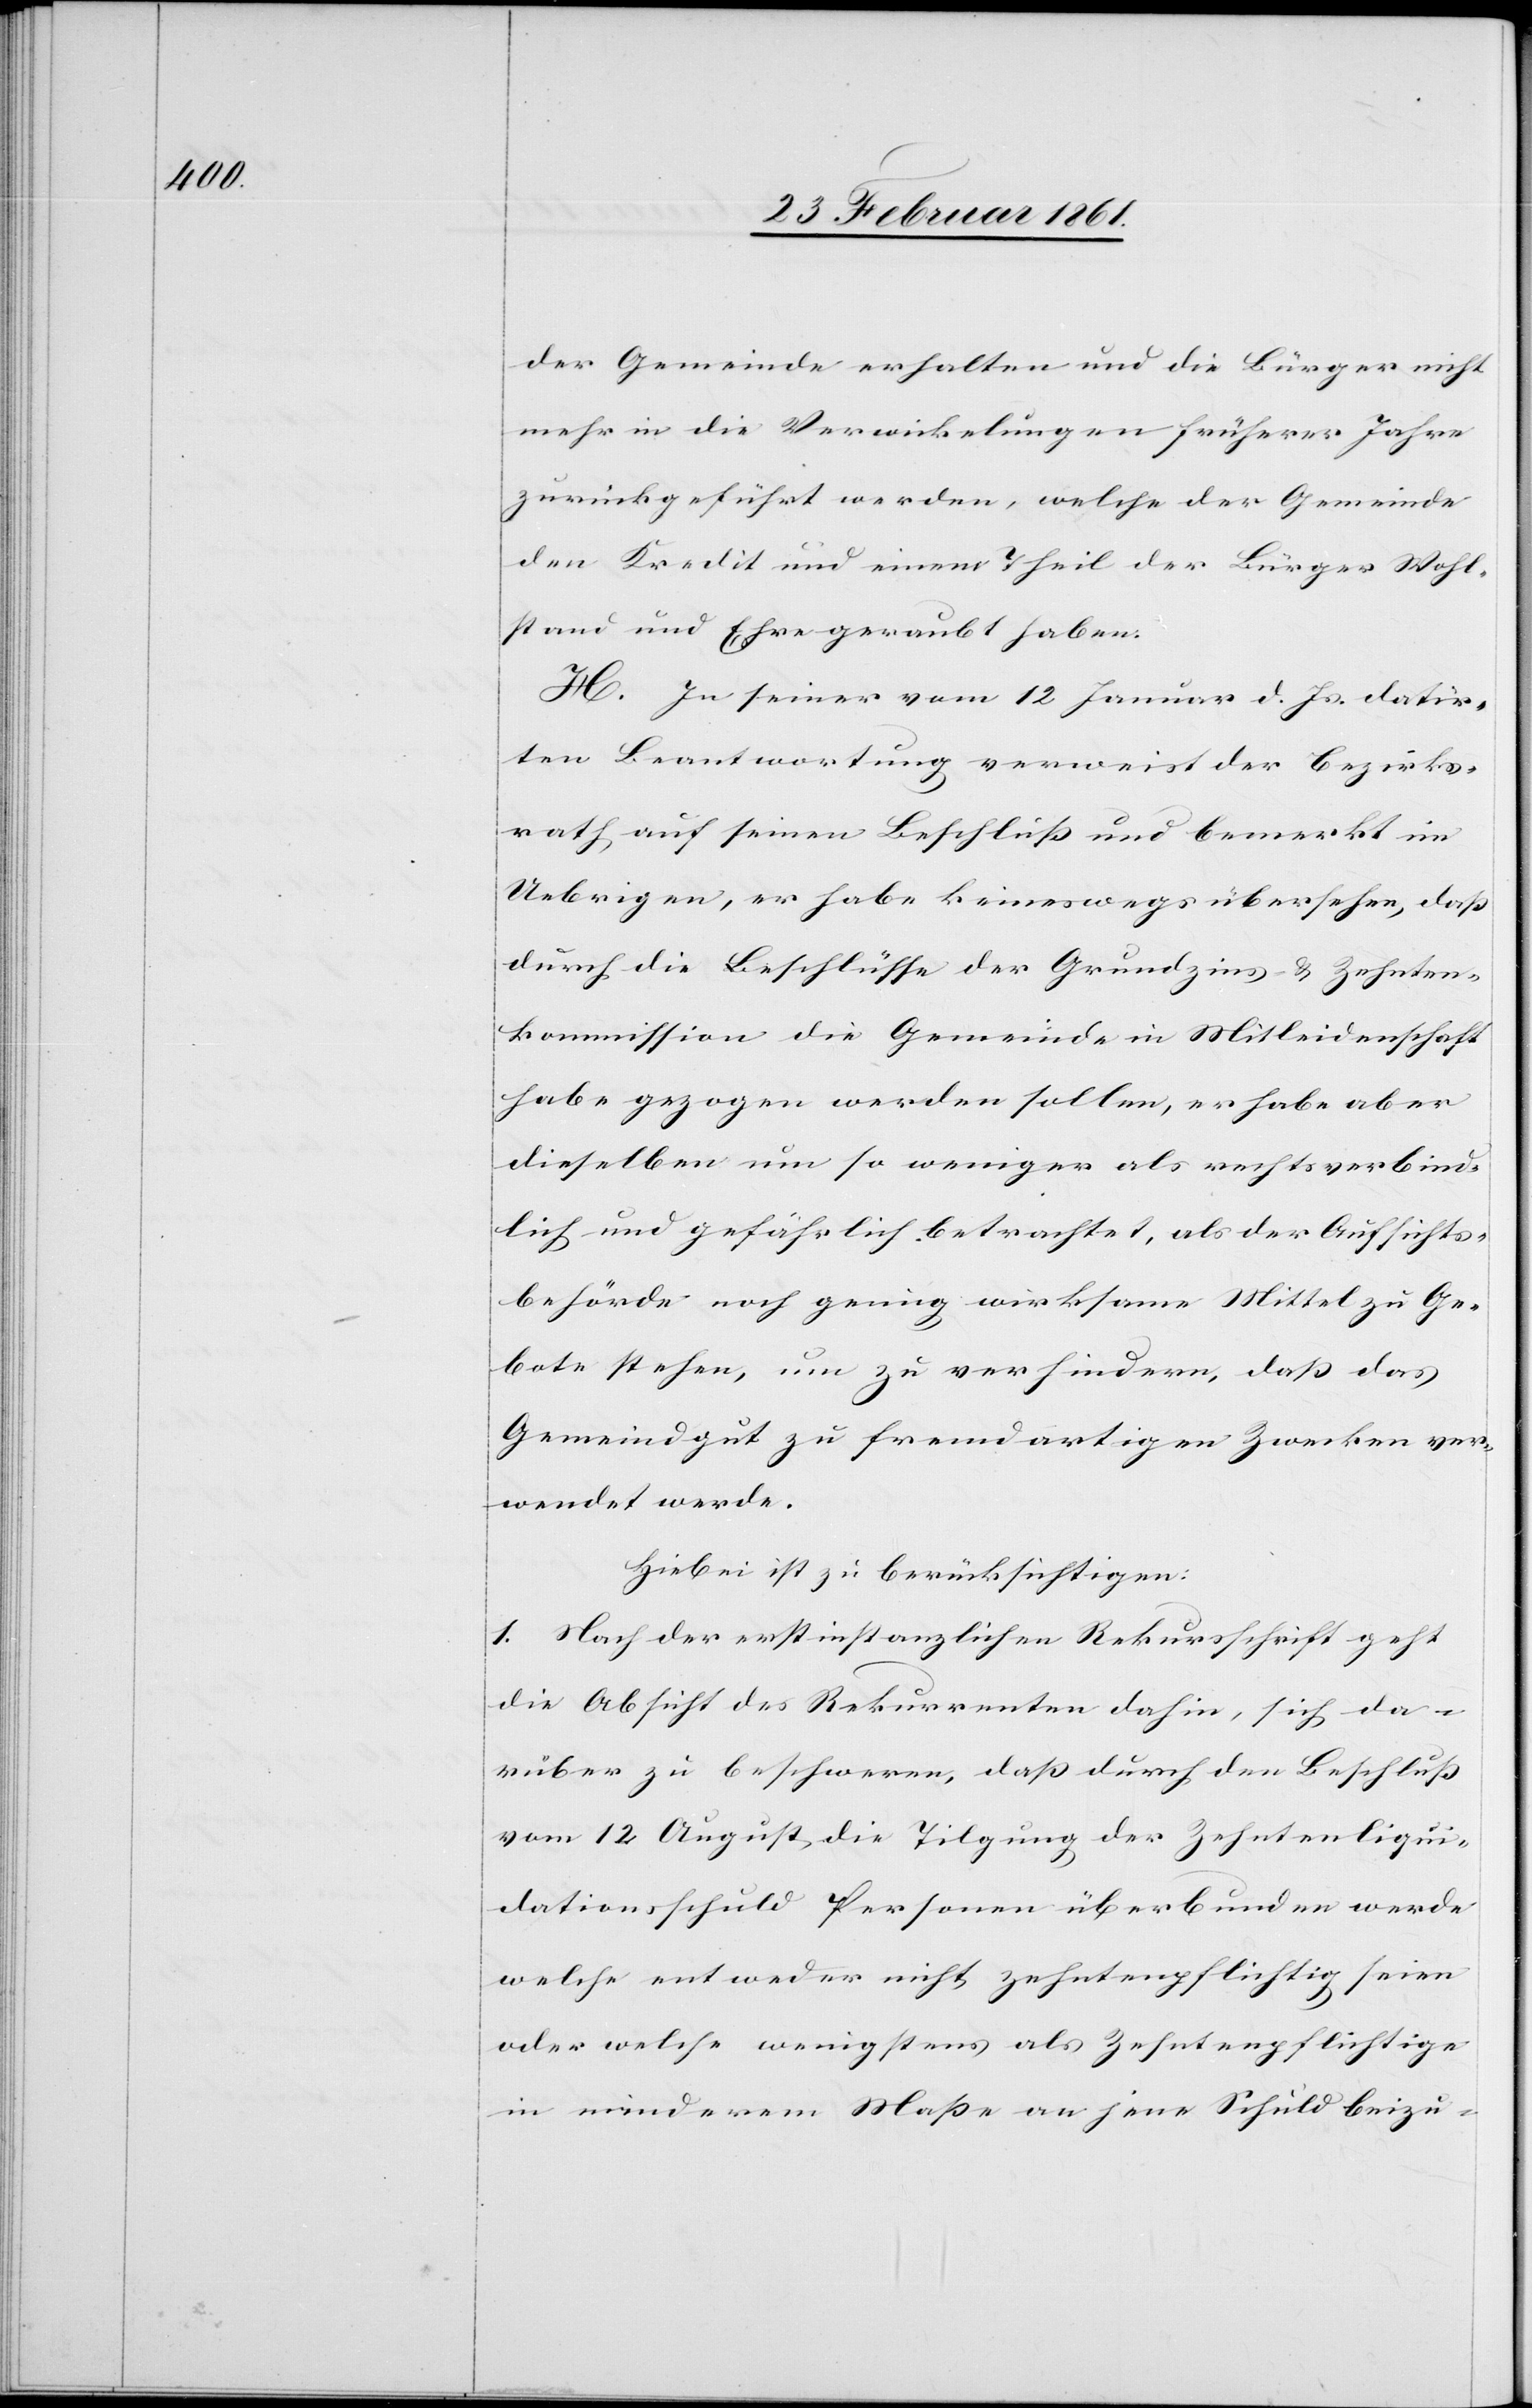
der Gemeinde erhalten und die Bürger nicht
mehr in die Verwickelungen früherer Jahre
zurückgeführt werden, welche der Gemeinde
den Kredit und einen Theil der Bürger Wohl¬
stand und Ehre geraubt haben.
H. In seiner vom 12. Januar d. Js. datir¬
ten Beantwortung verweist der Bezirks¬
rath auf seinen Beschluss und bemerkt im
Uebrigen, er habe keineswegs übersehen, dass
durch die Beschlüsse der Grundzins- u. Zehnten¬
kommission die Gemeinde in Mitleidenschaft
habe gezogen werden sollen, er habe aber
dieselben um so weniger als rechtsverbind¬
lich und gefährlich betrachtet, als der Aufsichts¬
behörde noch genug wirksame Mittel zu Ge¬
bote stehen, um zu verhindern, dass das
Gemeindgut zu fremdartigen Zwecken ver¬
wendet werde.
Hiebei ist zu berücksichtigen:
1. Nach der erstinstanzlichen Rekursschrift geht
die Absicht des Rekurrenten dahin, sich da¬
rüber zu beschweren, dass durch den Beschluss
vom 12. August die Tilgung der Zehntenliqui¬
dationsschuld Personen überbunden werde
welche entweder nicht zehntenpflichtig seien
oder welche wenigstens als Zehntenpflichtige
in minderem Masse an jene Schuld beizu-